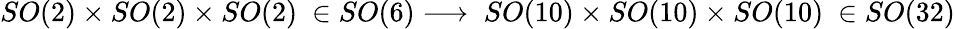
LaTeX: SO(2)\times SO(2)\times SO(2)\ \in SO(6)\longrightarrow\ SO(10)\times SO(10)\times SO(10)\ \in SO(32)